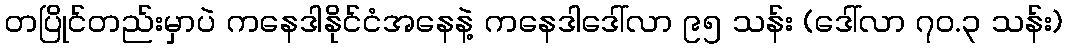
တပြိုင်တည်းမှာပဲ ကနေဒါနိုင်ငံအနေနဲ့ ကနေဒါဒေါ်လာ ၉၅ သန်း (ဒေါ်လာ ၇၀.၃ သန်း)